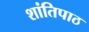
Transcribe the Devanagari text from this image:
शांतिपाठ